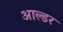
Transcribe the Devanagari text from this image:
आल्डर